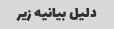
دلیل بیانیه زیر